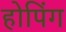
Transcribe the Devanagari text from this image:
होपिंग